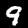
Label: 9